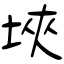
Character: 埉